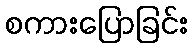
စကားပြောခြင်း